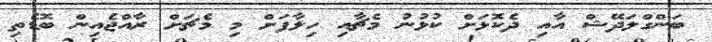
ބަންގްލަދޭޝް އާއި ދެކޮޅަށް ކުޅުނު މެޗާއި ހިލާފަށް މި މެޗަށް ރާއްޖެއިން ބޮޑެތި